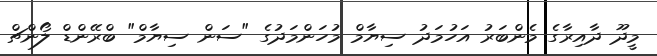
މީދޫ ދާއިރާގެ މެންބަރު އަހުމަދު ސިޔާމް މުހަންމަދުގެ "ސަން ސިޔާމް" ބްރޭންޑް ލޯންޗް